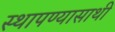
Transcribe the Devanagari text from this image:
स्थापण्यासाथी